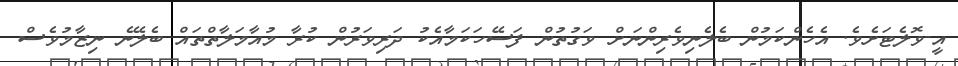
އީ-ވޮލެޓަށެވެ. އެހެންކަމުން ބެލެނިވެރިންނަށް ވަގުތުން ފަސޭހަކަމާއެކު ދަރިވަރުން ކުރާ މުއާމަލާތްތައް ބެލޭނެ ނިޒާމުވެސް